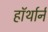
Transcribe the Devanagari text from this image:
हॉर्थार्न